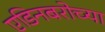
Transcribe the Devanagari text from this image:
एडिनबरोच्या